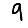
Digit: 9